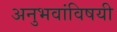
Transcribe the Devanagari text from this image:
अनुभवांविषयी